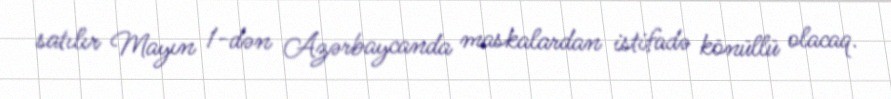
satılır Mayın 1-dən Azərbaycanda maskalardan istifadə könüllü olacaq.